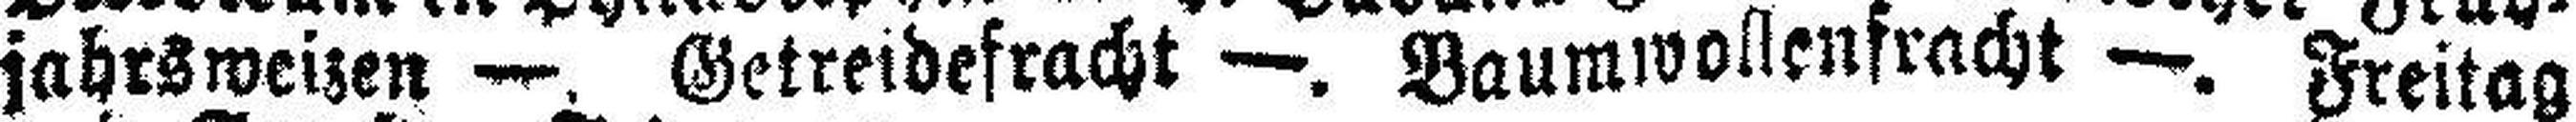
jahrsweizen —. Getreidefracht —. Baumwollenfracht —. Freitag